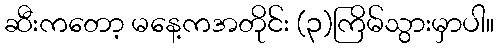
ဆီးကတော့ မနေ့ကအတိုင်း (၃)ကြိမ်သွားမှာပါ။